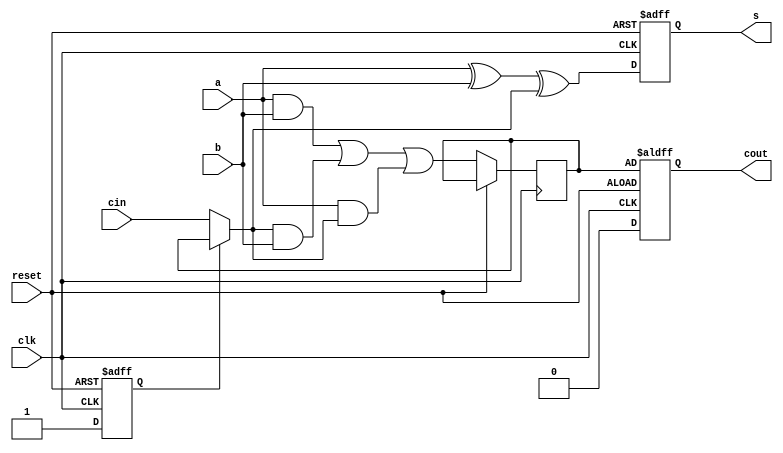
`timescale 1ns / 1ps
//////////////////////////////////////////////////////////////////////////////////
// Module Name:    serial_adder 
//Author Name: Ummidi Chandrika
//////////////////////////////////////////////////////////////////////////////////
module serial_adder 
    (   input clk,reset,  //clock and reset
        input a,b,cin,  //note that cin is used for only first iteration.
        output reg s,cout  //note that s comes out at every clock cycle and cout is valid only for last clock cycle.
        );

reg c,flag;

always@(posedge clk or posedge reset)
begin
    if(reset == 1) begin //active high reset
        s = 0;
        cout = c;
        flag = 0;
    end else begin
        if(flag == 0) begin
            c = cin;  //on first iteration after reset, assign cin to c.
            flag = 1;  //then make flag 1, so that this if statement isnt executed any more.
        end 
        cout = 0;
        s = a ^ b ^ c;  //SUM
        c = (a & b) | (c & b) | (a & c);  //CARRY
    end 
end

endmodule